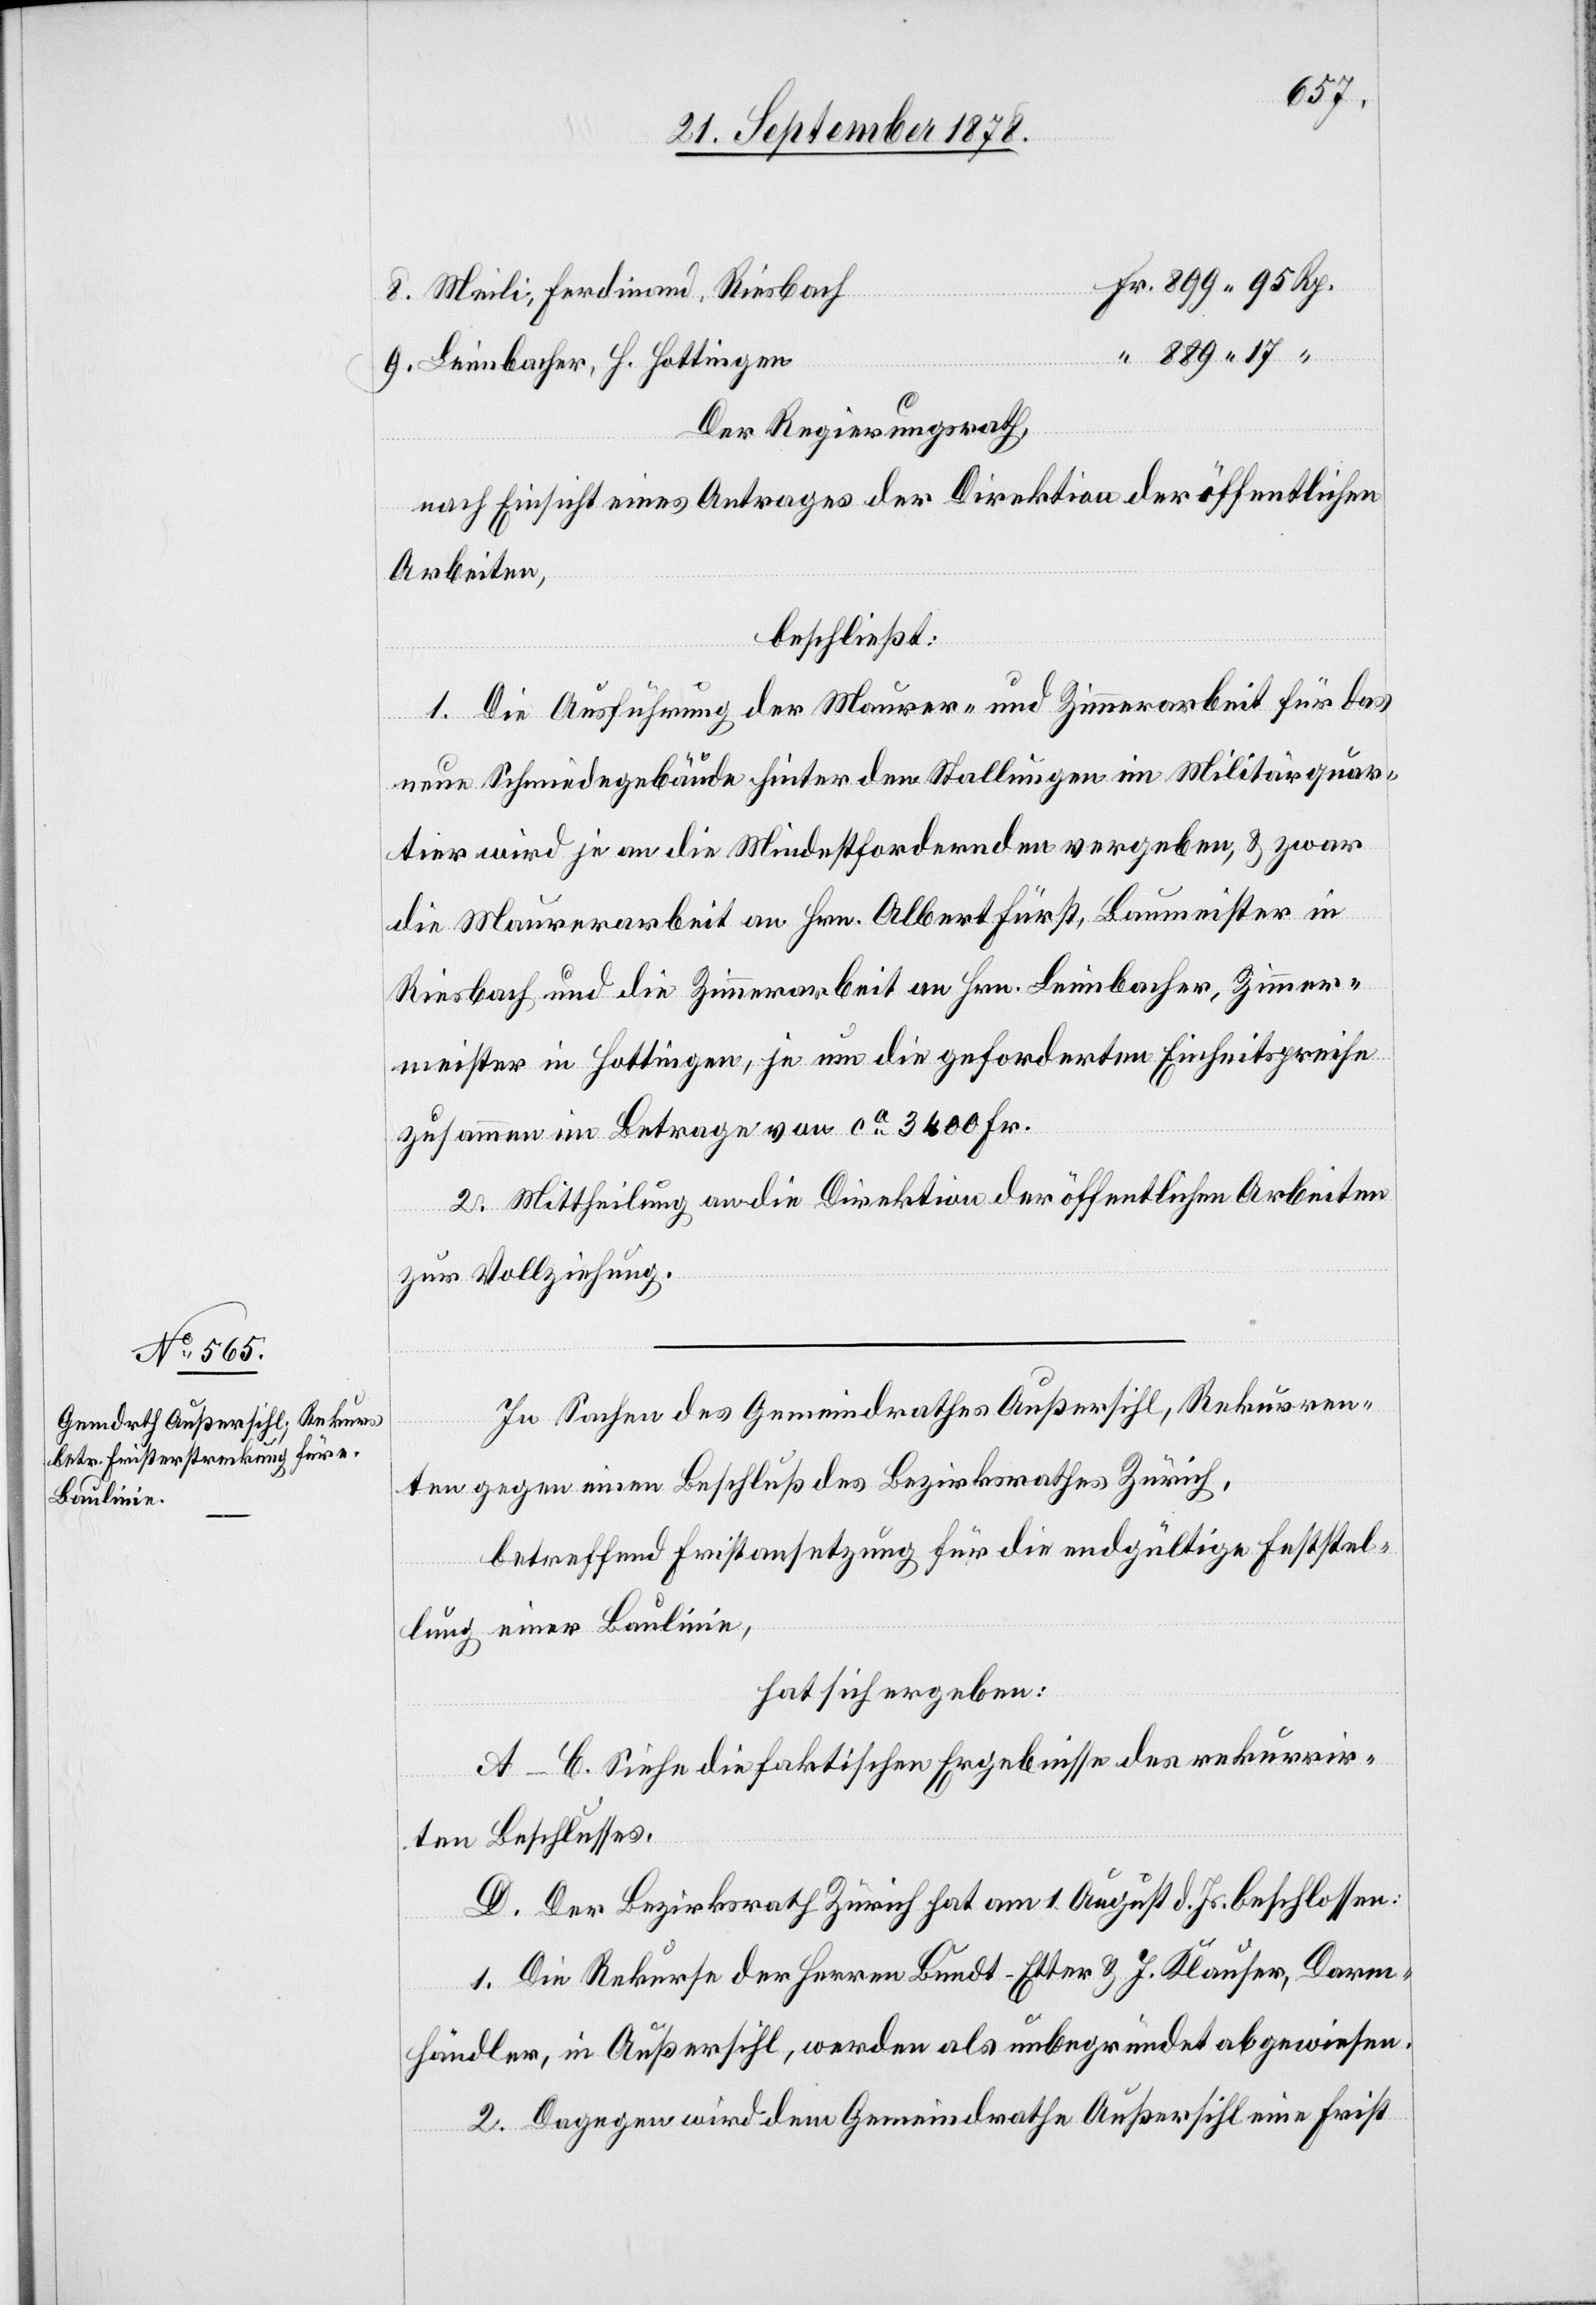
Meili, Ferdinand, Riesbach
Leimbacher, H. Hottingen
Der Regierungsrath,
nach Einsicht eines Antrages der Direktion der öffentlichen
Arbeiten,
beschließt:
1. Die Ausführung der Maurer- und Zimmerarbeit für das
neue Schmiedegebäude hinter den Stallungen im Militärquar¬
tier wird je an die Mindestfordernden vergeben, & zwar
die Maurerarbeit an Hrn. Albert Fürst, Baumeister in
Riesbach und die Zimmerarbeit an Hrn. Leimbacher, Zimmer¬
meister in Hottingen, je um die geforderten Einheitspreise
zusammen im Betrage von ca 3400 Fr.
2, Mittheilung an die Direktion der öffentlichen Arbeiten.
In Sachen des Gemeindrathes Außersihl, Rekurren¬
ten gegen einen Beschluß des Bezirksrathes Zürich,
betreffend Fristansetzung für die endgültige Feststel¬
lung einer Baulinie,
hat sich ergeben:
A–C. Siehe die faktischen Ergebnisse des rekurrir¬
ten Beschlusses.
D. Der Bezirksrath Zürich hat am 1. August d. Js. beschlossen:
1. Die Rekurse der Herren Bundt-Etter & J. Klauser, Darm¬
händler, in Außersihl, werden als unbegründet abgewiesen.
2. Dagegen wird dem Gemeindrathe Außersihl eine Frist